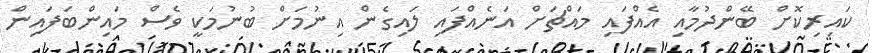
ކައިރިކޮށް ބޭންދުމާއި އެއްފައި މައްޗަށް އަނެއްފައި ލައިގެން އިނުމަށް ބުނުމަކީ ވެސް މައިންބަފައިން